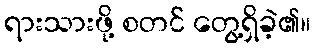
ရားသားဖို့ စတင် တွေ့ရှိခဲ့၏။